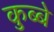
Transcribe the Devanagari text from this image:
कुब्बे